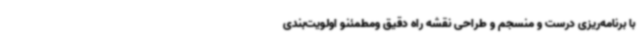
با برنامه‌ریزی درست و منسجم و طراحی نقشه راه دقیق ومطمئنو اولویت‌بندی